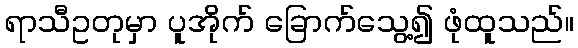
ရာသီဥတုမှာ ပူအိုက် ခြောက်သွေ့၍ ဖုံထူသည်။